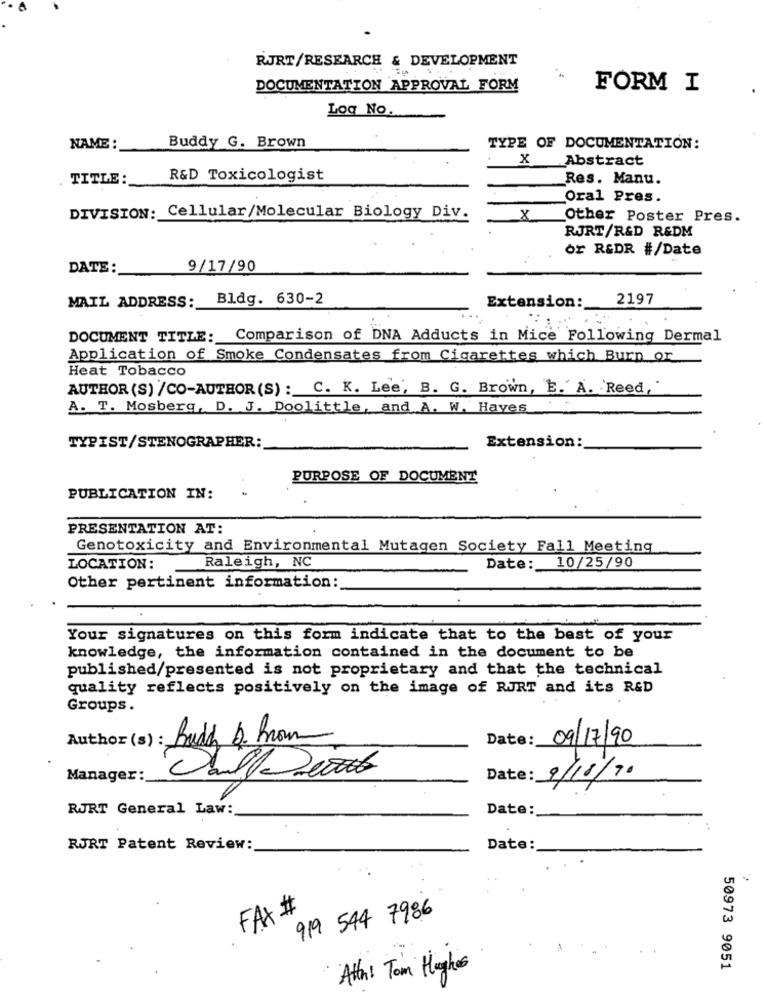
RJRT/RESEARCH & DEVELOPMENT
DOCUMENTATION APPROVAL FORM
FORM I
Log No.
NAME :
Buddy G. Brown
TYPE OF DOCUMENTATION:
x
Abstract
TITLE:
R&D Toxicologist
Res. Manu.
Oral Pres.
DIVISION: Cellular/Molecular Biology Div.
X
Other Poster Pres.
RJRT/R&D R&DM
or R&DR #/Date
DATE :
9/17/90
Bldg. 630-2
Extension:
2197
MAIL ADDRESS :_
DOCUMENT TITLE:
Comparison of DNA Adducts in Mice Following Dermal
Application of Smoke Condensates from Cigarettes which Burn or
Heat Tobacco
AUTHOR (S) /CO-AUTHOR(S) : C. K. Lee, B. G. Brown, E. A. Reed,
A. T. Mosberg, D. J. Doolittle, and A. W. Hayes
Extension:
TYPIST/STENOGRAPHER:
PURPOSE OF DOCUMENT
PUBLICATION IN:
PRESENTATION AT:
Genotoxicity and Environmental Mutagen Society Fall Meeting
Date: 10/25/90
LOCATION:
Raleigh, NC
Other pertinent information:
Your signatures on this form indicate that to the best of your
knowledge, the information contained in the document to be
published/presented is not proprietary and that the technical
quality reflects positively on the image of RJRT and its R&D
Groups.
Author (s) : Brudd Q- Brow
Date :_
09/17/90
Manager :_
Daily words
Date: 9/10/70
RJRT General Law:
Date:
RJRT Patent Review:
Date:
FAX #
919 544 7986
Att: Tom Hughes
50973 9051